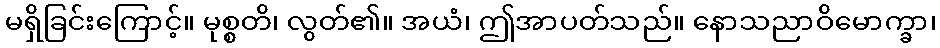
မရှိခြင်းကြောင့်။ မုစ္စတိ၊ လွတ်၏။ အယံ၊ ဤအာပတ်သည်။ နောသညာဝိမောက္ခာ၊